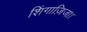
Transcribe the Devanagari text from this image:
शिंगाज़िजा।